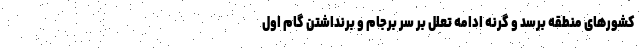
کشورهای منطقه برسد و گرنه ادامه تعلل بر سر برجام و برنداشتن گام اول